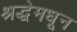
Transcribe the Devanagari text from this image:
श्रद्धेमधून